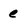
Character: e